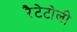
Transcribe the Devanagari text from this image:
रैटेटोली